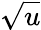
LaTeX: \sqrt{u}